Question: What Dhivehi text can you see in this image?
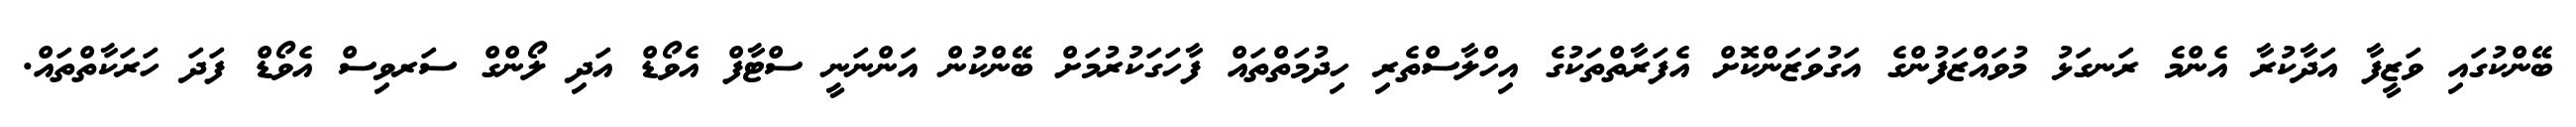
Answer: ބޭންކުގައި ވަޒީފާ އަދާކުރާ އެންމެ ރަނގަޅު މުވައްޒަފުންގެ އަގުވަޒަންކޮށް އެފަރާތްތަކުގެ އިހްލާސްތެރި ހިދުމަތްތައް ފާހަގަކުރުމަށް ބޭންކުން އަންނަނީ ސްޓާފް އެވޯޑް އަދި ލޯންގް ސަރވިސް އެވޯޑް ފަދަ ހަރަކާތްތައް.